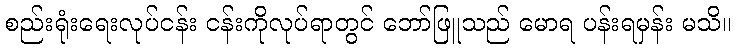
စည်းရုံးရေးလုပ်ငန်း ငန်းကိုလုပ်ရာတွင် ဘော်ဖြူသည် မောရ ပန်းရမှန်း မသိ။